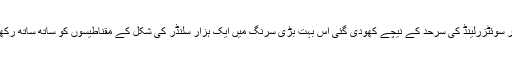
فرانس اور سوئٹزرلینڈ کی سرحد کے نیچے کھودی گئی اس بہت بڑی سرنگ میں ایک ہزار سلنڈر کی شکل کے مقناطیسوں کو ساتھ ساتھ رکھا گیا ہے۔